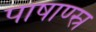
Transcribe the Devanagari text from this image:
पाषाण्स्र